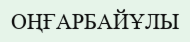
ОҢҒАРБАЙҰЛЫ